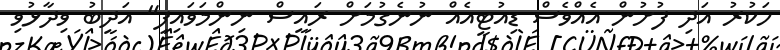
ހަކުރު އަދި ފުށުން އެއްވެސް ޑިއުޓީއެއް ނުނެގުމަށް ރައީސް ނިންމަވައިފި" އަދީބު ވިދާޅުވި